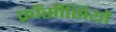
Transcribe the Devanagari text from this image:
फ्राँसीसियों